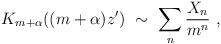
LaTeX: \begin{align*}K_{m+\alpha}((m+\alpha)z')\ \sim\ \sum_n \frac{X_n}{m^n}\ ,\end{align*}